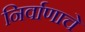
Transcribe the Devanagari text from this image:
निर्वाणाचे